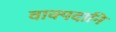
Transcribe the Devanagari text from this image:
वाक्पदानि